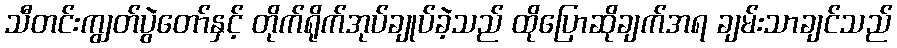
သီတင်းကျွတ်ပွဲတော်နှင့် တိုက်ရိုက်အုပ်ချုပ်ခဲ့သည် ထိုပြောဆိုချက်အရ ချမ်းသာချင်သည်